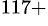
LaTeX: ^{117+}